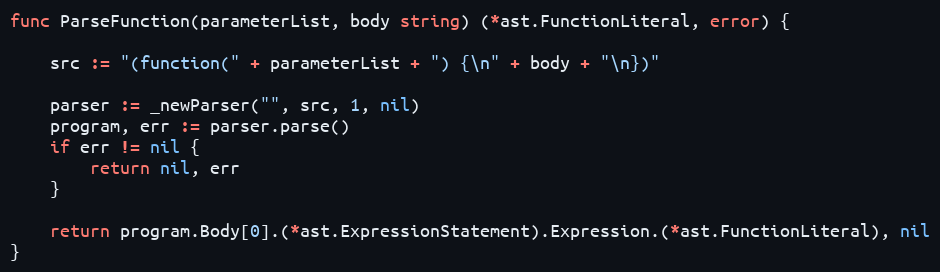
Language: Go
func ParseFunction(parameterList, body string) (*ast.FunctionLiteral, error) {

	src := "(function(" + parameterList + ") {\n" + body + "\n})"

	parser := _newParser("", src, 1, nil)
	program, err := parser.parse()
	if err != nil {
		return nil, err
	}

	return program.Body[0].(*ast.ExpressionStatement).Expression.(*ast.FunctionLiteral), nil
}